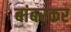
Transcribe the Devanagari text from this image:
बांबरकर